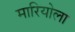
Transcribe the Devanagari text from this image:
मारियोला